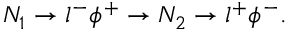
N _ { 1 } \to l ^ { - } \phi ^ { + } \to N _ { 2 } \to l ^ { + } \phi ^ { - } .